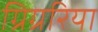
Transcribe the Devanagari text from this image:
ग्रिग्ररिया